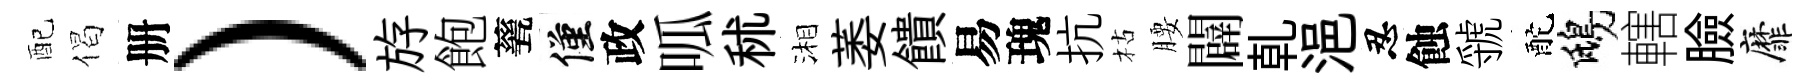
配偈册）斿飽甆僅政呱秫湘萎饋易瑰抗枯腰闢乹浥忍蝕虢酡鴟轄臉靡